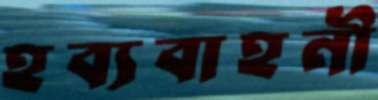
হব্যবাহনী